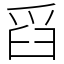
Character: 舀